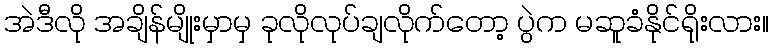
အဲဒီလို အချိန်မျိုးမှာမှ ခုလိုလုပ်ချလိုက်တော့ ပွဲက မဆူခံနိုင်ရိုးလား။